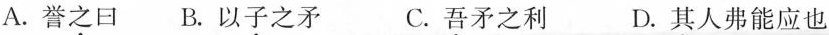
A. 誉之口 B. 以子之矛 C. 吾矛之利 D. 其人弗能应也